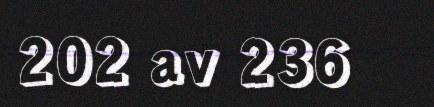
202 av 236